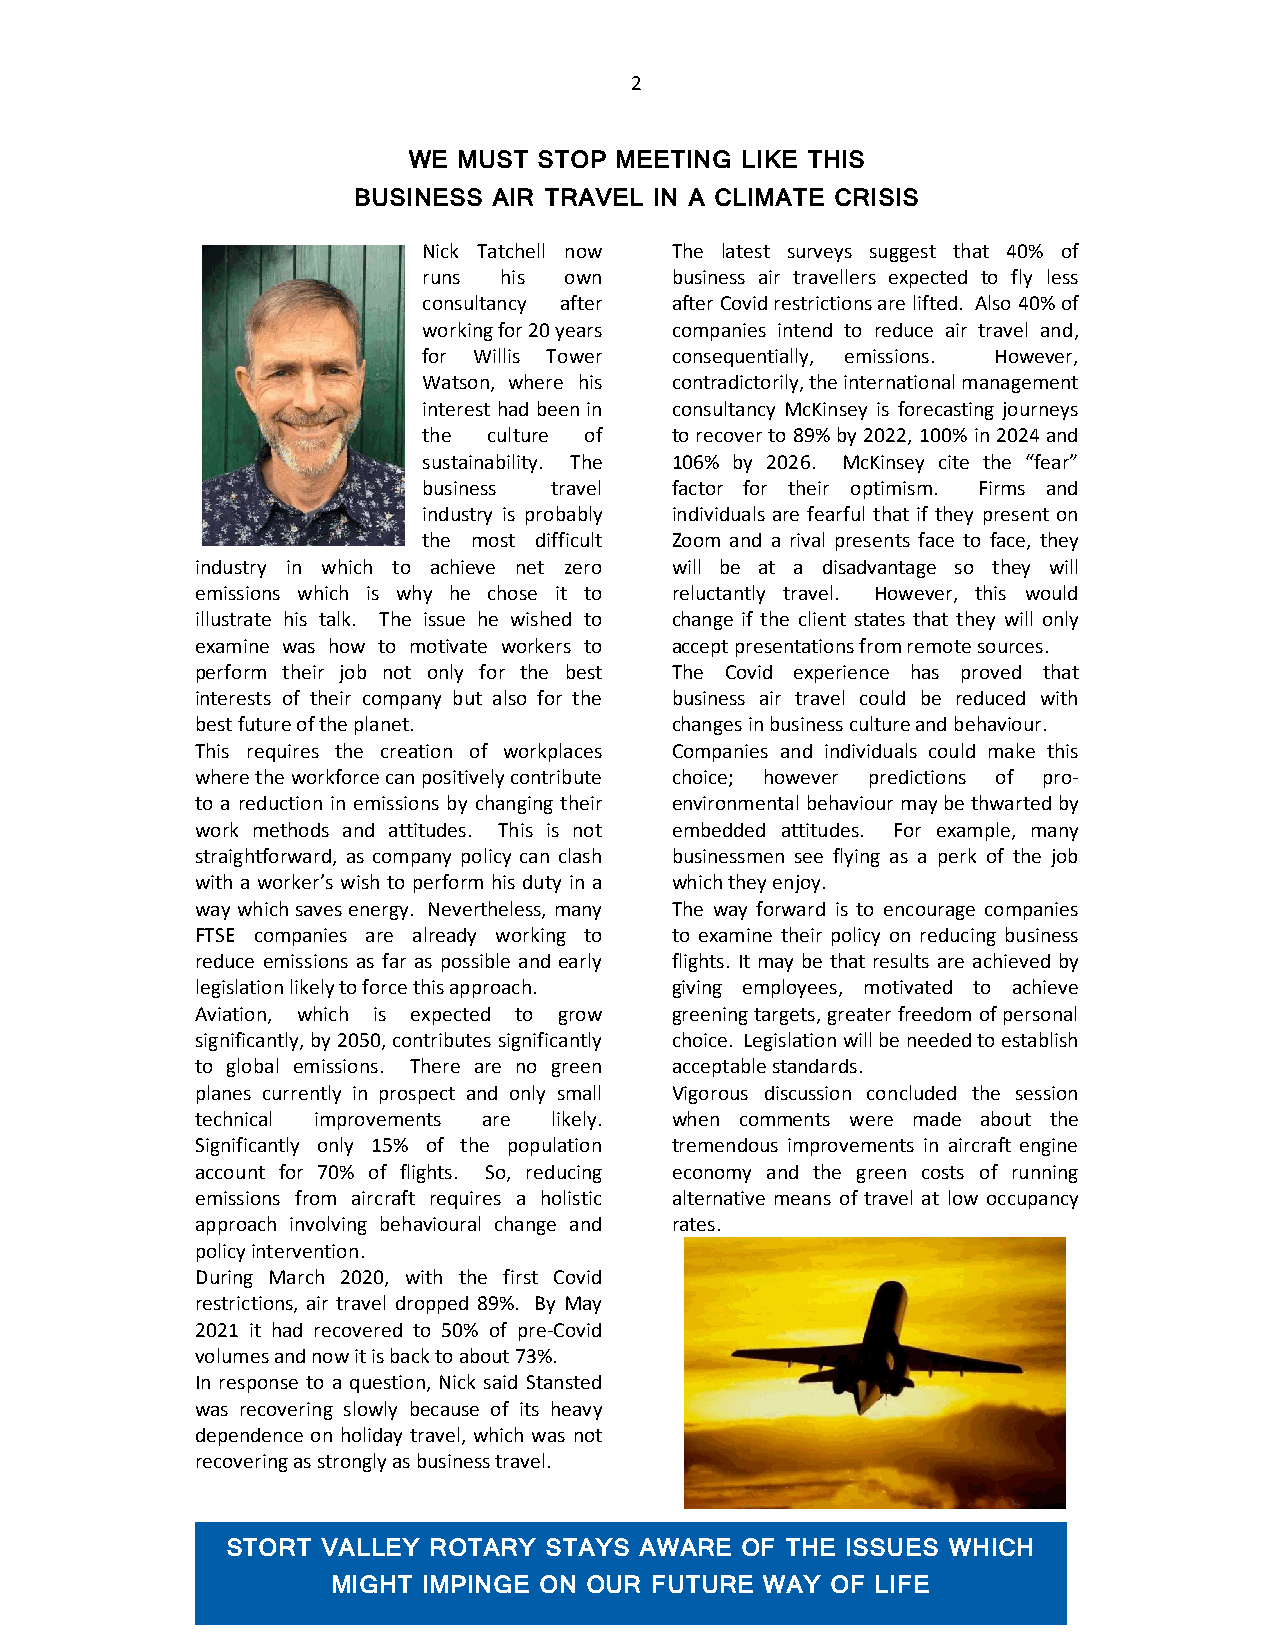
2
 WE MUST  STOP MEETING LIKE THIS
 BUSINESS  AIR TRAVEL IN A CLIMATE CRISIS
 Nick Tatchell now The latest surveys suggest that 40% of
 runs his own    business air travellers expected to fly less
 consultancy after after Covid restrictions are lifted. Also 40% of
 working for 20 years companies intend to reduce air travel and,
 for Willis Tower consequentially, emissions. However,
 Watson, where his contradictorily, the international management
 interest had been in consultancy McKinsey is forecasting journeys
 the culture of  to recover to 89% by 2022, 100% in 2024 and
 sustainability. The 106% by 2026. McKinsey cite the “fear”
 business travel factor for their optimism. Firms and
 industry is probably individuals are fearful that if they present on
 the most difficult Zoom and a rival presents face to face, they
 industry in which to achieve net zero will be at a disadvantage so they will
 emissions which is why he chose it to reluctantly travel. However, this would
 illustrate his talk. The issue he wished to change if the client states that they will only
 examine was how to motivate workers to accept presentations from remote sources.
 perform their job not only for the best The Covid experience has proved that
 interests of their company but also for the business air travel could be reduced with
 best future of the planet.     changes in business culture and behaviour.
 This requires the creation of workplaces Companies and individuals could make this
 where the workforce can positively contribute choice; however predictions of pro-
 to a reduction in emissions by changing their environmental behaviour may be thwarted by
 work methods and attitudes. This is not embedded attitudes. For example, many
 straightforward, as company policy can clash businessmen see flying as a perk of the job
 with a worker’s wish to perform his duty in a which they enjoy.
 way which saves energy. Nevertheless, many The way forward is to encourage companies
 FTSE companies are already working to to examine their policy on reducing business
 reduce emissions as far as possible and early flights. It may be that results are achieved by
 legislation likely to force this approach. giving employees, motivated to achieve
 Aviation, which is expected to grow greening targets, greater freedom of personal
 significantly, by 2050, contributes significantly choice. Legislation will be needed to establish
 to global emissions. There are no green acceptable standards.
 planes currently in prospect and only small Vigorous discussion concluded the session
 technical improvements are likely. when comments were made about the
 Significantly only 15% of the population tremendous improvements in aircraft engine
 account for 70% of flights. So, reducing economy and the green costs of running
 emissions from aircraft requires a holistic alternative means of travel at low occupancy
 approach involving behavioural change and rates.
 policy intervention.
 During March 2020, with the first Covid
 restrictions, air travel dropped 89%. By May
 2021 it had recovered to 50% of pre-Covid
 volumes and now it is back to about 73%.
 In response to a question, Nick said Stansted
 was recovering slowly because of its heavy
 dependence on holiday travel, which was not
 recovering as strongly as business travel.
 STORT VALLEY ROTARY  STAYS AWARE  OF THE ISSUES WHICH
 MIGHT IMPINGE ON OUR FUTURE  WAY OF LIFE